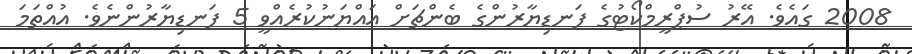
2008 ގައެވެ. އޭރު ސުޕްރީމްކޯޓުގެ ފަނޑިޔާރުންގެ ބެންޗަށް އައްޔަނުކުރެއްވީ 5 ފަނޑިޔާރުންނެވެ. އުއްތަމަ